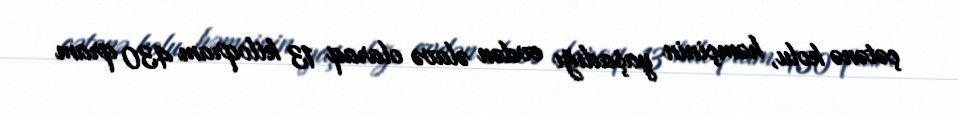
çətənə kolu, həmçinin yaşadığı evdən əlavə olaraq 13 kiloqram 430 qram